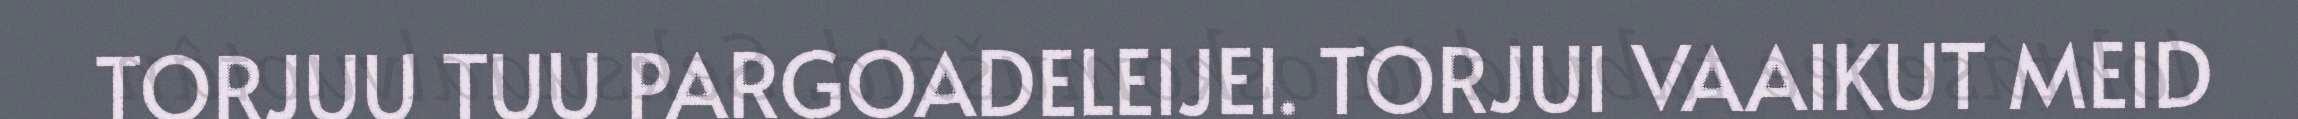
TORJUU TUU PARGOADELEIJEI. TORJUI VAAIKUT MEID